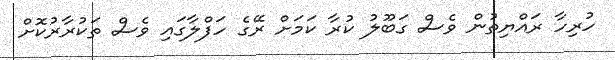
ހުރިހާ ރައްޔިތުން ވެސް ގަބޫލު ކުރާ ކަމަށް ރޭގެ ހަފްލާގައި ވެސް ތަކުރާރުކޮށް